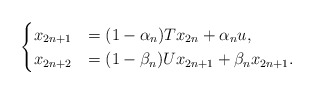
\begin{align*}\begin{cases}x_{2n+1}&=(1-\alpha_n)Tx_{2n} + \alpha_n u,\\x_{2n+2}&=(1-\beta_n)Ux_{2n+1} + \beta_nx_{2n+1}.\end{cases}\end{align*}